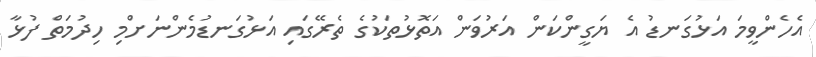
އެހެންވީމަ އަޅުގަނޑު އެ ޔަގީންކަން އަރުވަން އަތޮޅުތަކުގެ ތެރޭގައި އަޅުގަނޑުމެންނަށްމި ހިދުމަތް ފުޅާ